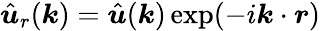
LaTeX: \hat{\boldsymbol u}_{r}(\boldsymbol k)=\hat{\boldsymbol u}(\boldsymbol k)\exp(-i\boldsymbol k\cdot\boldsymbol r)